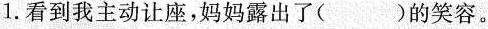
1.看到我主动让座，妈妈露出了()的笑容。